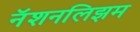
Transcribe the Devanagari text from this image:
नॅशनलिझम